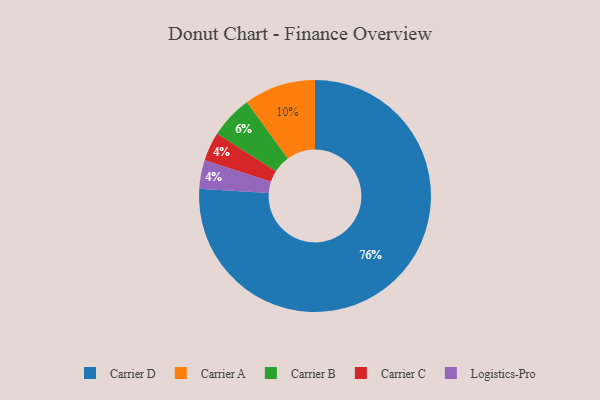
{"axis": {"x": "Category", "y": "Percentage"}, "legend": ["Carrier A", "Carrier B", "Carrier C", "Carrier D", "Logistics-Pro"], "data": [{"x": "Carrier A", "y": 10, "type": "Carrier A"}, {"x": "Carrier C", "y": 4, "type": "Carrier C"}, {"x": "Carrier D", "y": 76, "type": "Carrier D"}, {"x": "Carrier B", "y": 6, "type": "Carrier B"}, {"x": "Logistics-Pro", "y": 4, "type": "Logistics-Pro"}]}